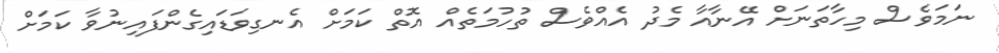
ނަމަވެސް މިހާތަނަށް އޭނާއާ މެދު އެއްވެސް ތުހުމަތެއް އޮތް ކަމަށް އެނގިވަޑައިގެންފައިނުވާ ކަމަށް